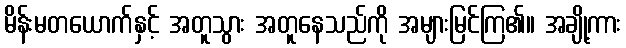
မိန်းမတယောက်နှင့် အတူသွား အတူနေသည်ကို အများမြင်ကြ၏။ အချို့ကား